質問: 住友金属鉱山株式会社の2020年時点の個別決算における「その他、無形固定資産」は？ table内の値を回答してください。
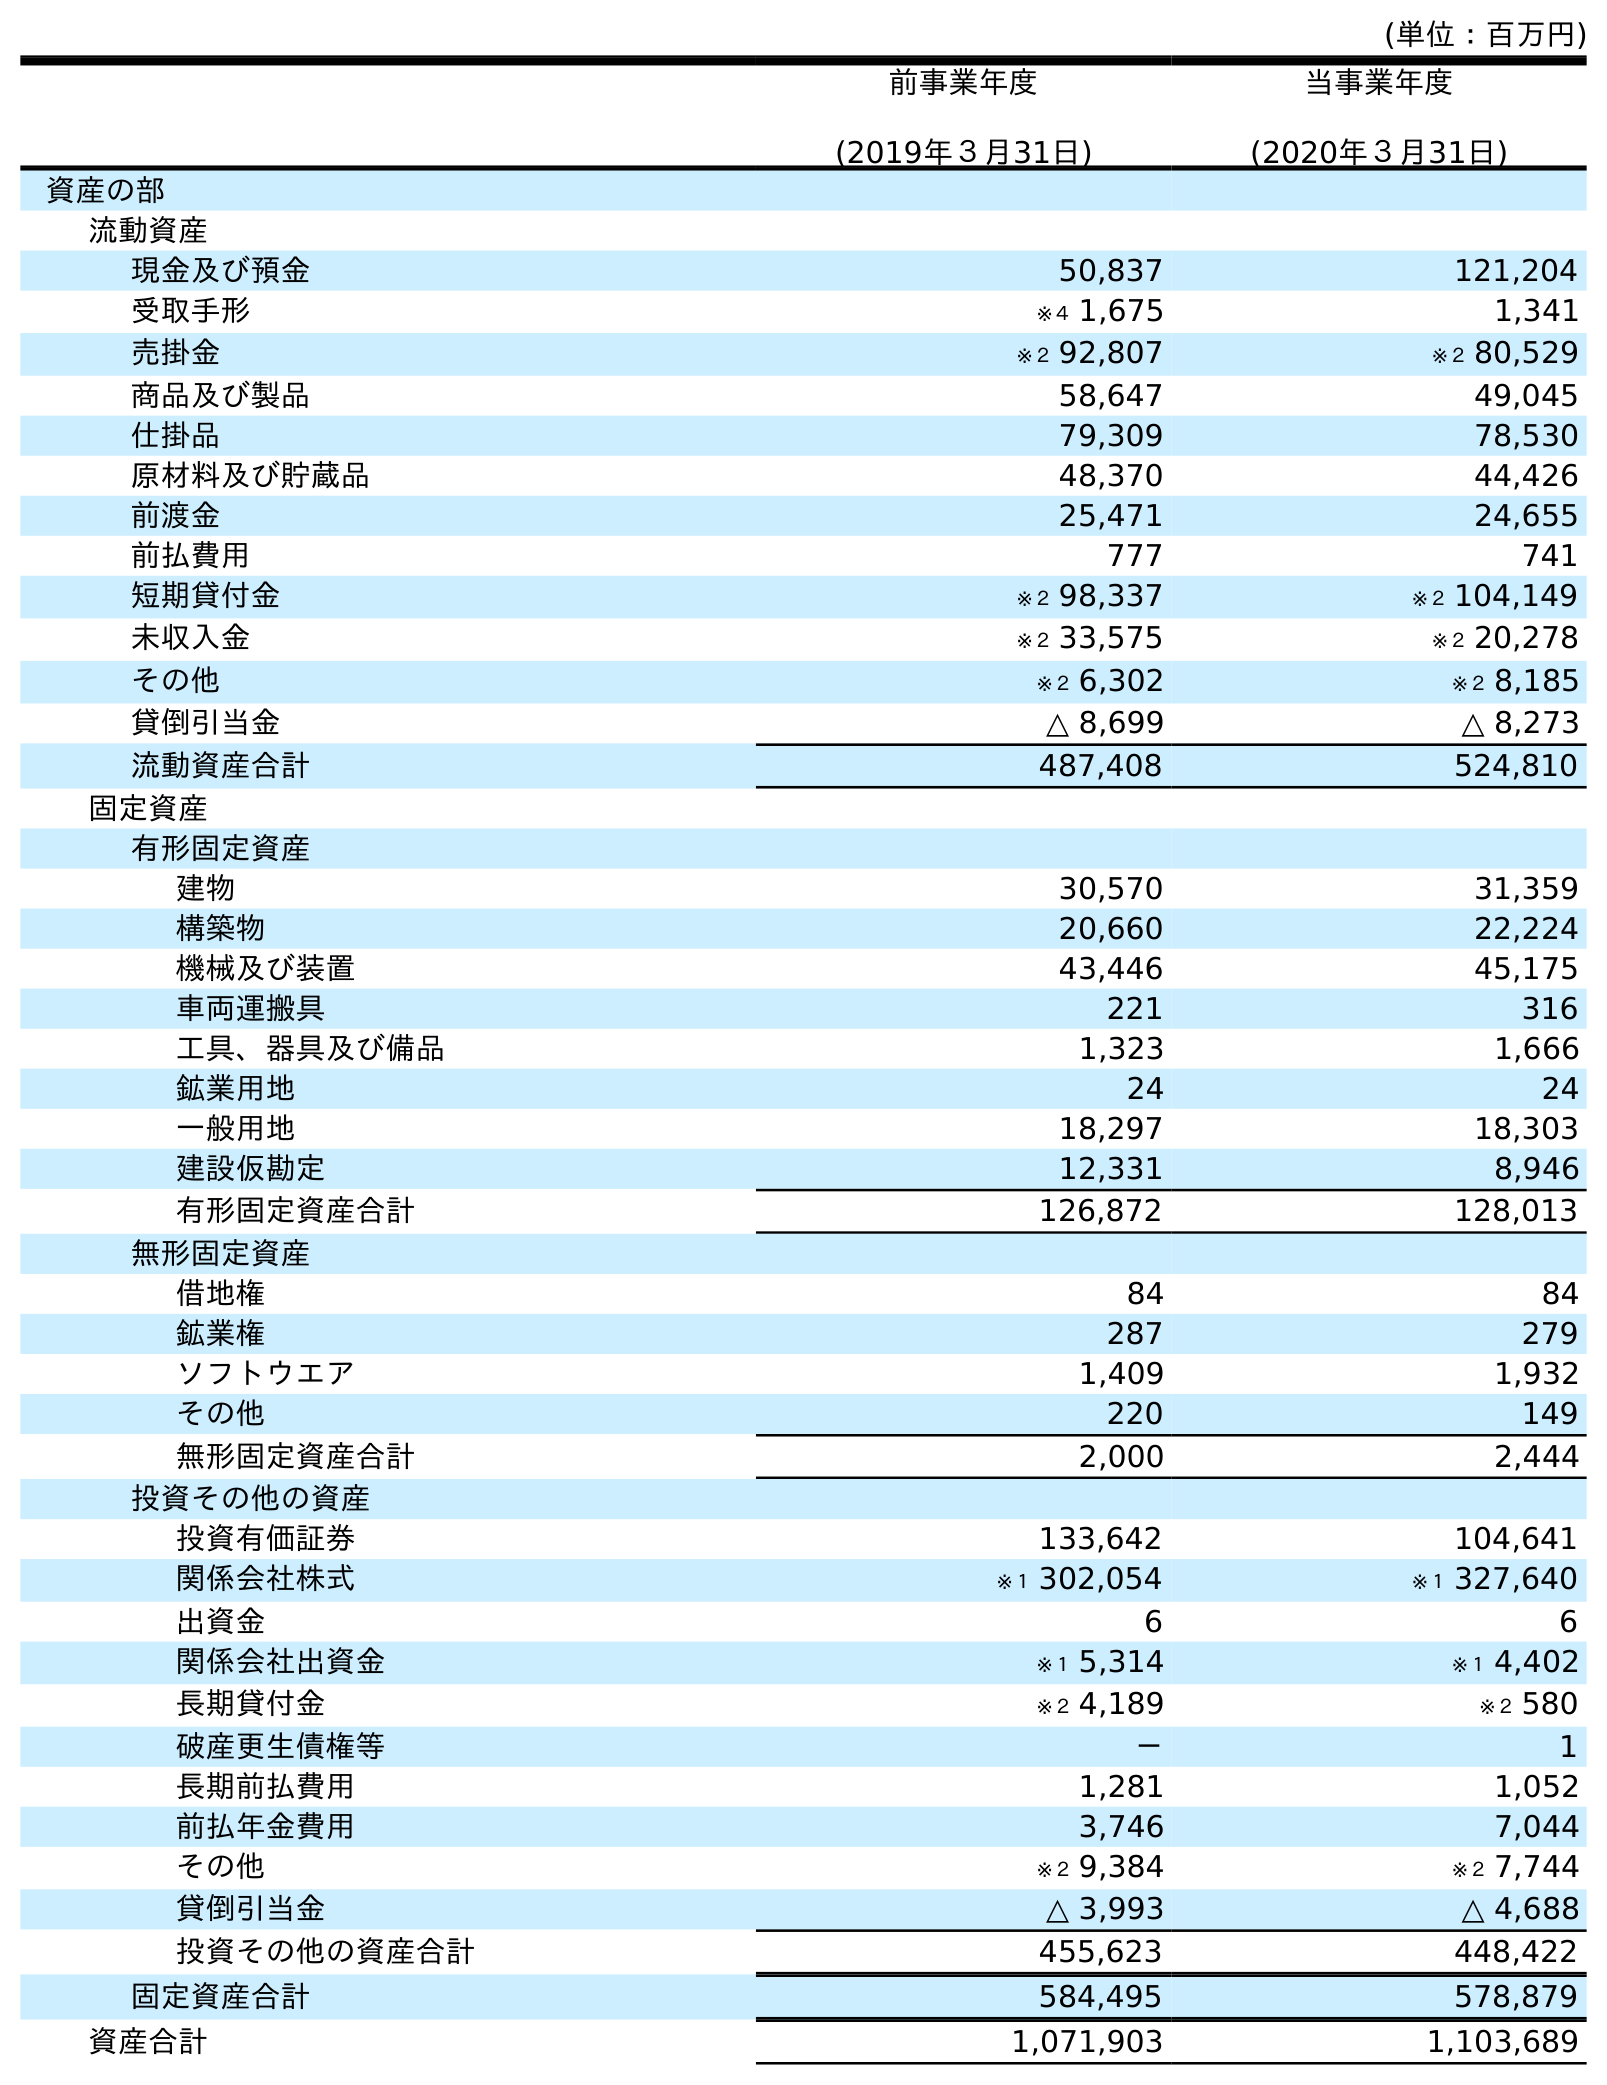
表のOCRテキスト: (単位：百万円) 前事業年度 (2019年３月31日) 当事業年度 (2020年３月31日) 資産の部 流動資産 現金及び預金 50,837 121,204 受取手形 ※４ 1,675 1,341 売掛金 ※２ 92,807 ※２ 80,529 商品及び製品 58,647 49,045 仕掛品 79,309 78,530 原材料及び貯蔵品 48,370 44,426 前渡金 25,471 24,655 前払費用 777 741 短期貸付金 ※２ 98,337 ※２ 104,149 未収入金 ※２ 33,575 ※２ 20,278 その他 ※２ 6,302 ※２ 8,185 貸倒引当金 △ 8,699 △ 8,273 流動資産合計 487,408 524,810 固定資産 有形固定資産 建物 30,570 31,359 構築物 20,660 22,224 機械及び装置 43,446 45,175 車両運搬具 221 316 工具、器具及び備品 1,323 1,666 鉱業用地 24 24 一般用地 18,297 18,303 建設仮勘定 12,331 8,946 有形固定資産合計 126,872 128,013 無形固定資産 借地権 84 84 鉱業権 287 279 ソフトウエア 1,409 1,932 その他 220 149 無形固定資産合計 2,000 2,444 投資その他の資産 投資有価証券 133,642 104,641 関係会社株式 ※１ 302,054 ※１ 327,640 出資金 6 6 関係会社出資金 ※１ 5,314 ※１ 4,402 長期貸付金 ※２ 4,189 ※２ 580 破産更生債権等 － 1 長期前払費用 1,281 1,052 前払年金費用 3,746 7,044 その他 ※２ 9,384 ※２ 7,744 貸倒引当金 △ 3,993 △ 4,688 投資その他の資産合計 455,623 448,422 固定資産合計 584,495 578,879 資産合計 1,071,903 1,103,689
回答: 149